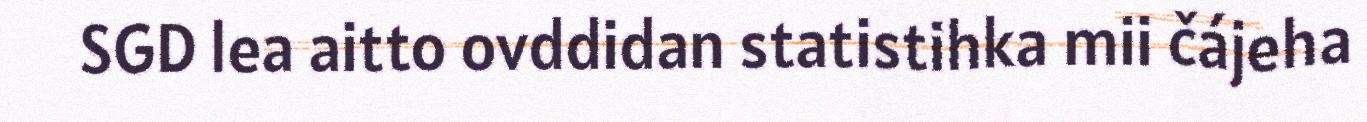
SGD lea aitto ovddidan statistihka mii čájeha